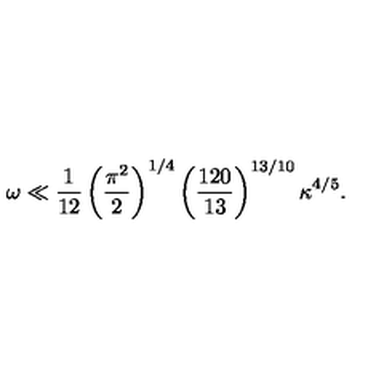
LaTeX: \omega \ll \frac { 1 } { 1 2 } \left( \frac { \pi ^ { 2 } } { 2 } \right) ^ { 1 / 4 } \left( \frac { 1 2 0 } { 1 3 } \right) ^ { 1 3 / 1 0 } \kappa ^ { 4 / 5 } .